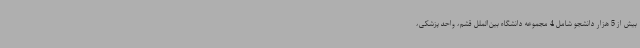
بیش از 5 هزار دانشجو شامل 4 مجموعه دانشگاه بین‌الملل قشم، واحد پزشکی،